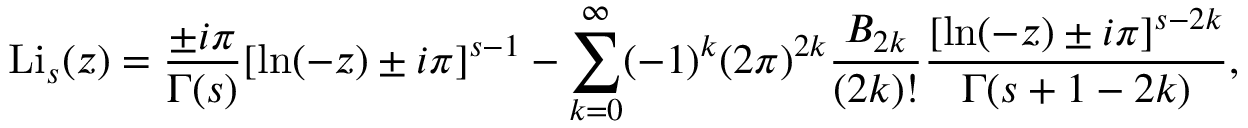
\operatorname { L i } _ { s } ( z ) = { \frac { \pm i \pi } { \Gamma ( s ) } } [ \ln ( - z ) \pm i \pi ] ^ { s - 1 } - \sum _ { k = 0 } ^ { \infty } ( - 1 ) ^ { k } ( 2 \pi ) ^ { 2 k } { \frac { B _ { 2 k } } { ( 2 k ) ! } } { \frac { [ \ln ( - z ) \pm i \pi ] ^ { s - 2 k } } { \Gamma ( s + 1 - 2 k ) } } ,